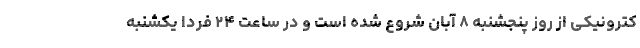
کترونیکی از روز پنجشنبه ۸ آبان شروع شده است و در ساعت ۲۴ فردا یکشنبه